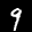
Label: 9